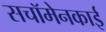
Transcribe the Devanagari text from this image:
सचॉमेनकाई